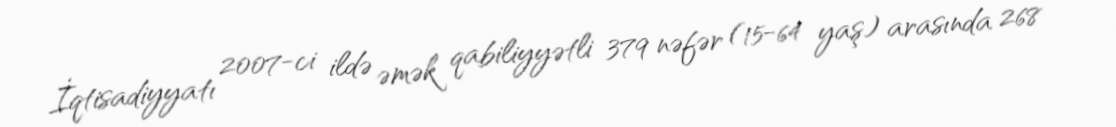
İqtisadiyyatı 2007-ci ildə əmək qabiliyyətli 379 nəfər (15-64 yaş) arasında 268